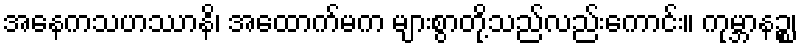
အနေကသဟဿာနိ၊ အထောက်မက များစွာတို့သည်လည်းကောင်း။ ကုမ္ဘာနဉ္စ၊